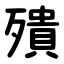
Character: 殨